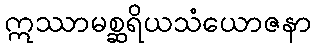
ဣဿာမစ္ဆရိယသံယောဇနာ